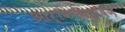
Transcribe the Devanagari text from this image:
आर्किमिद्दिज़